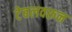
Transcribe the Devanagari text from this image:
टेबलवरून